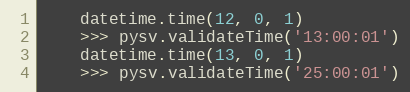
Language: Python
    datetime.time(12, 0, 1)
    >>> pysv.validateTime('13:00:01')
    datetime.time(13, 0, 1)
    >>> pysv.validateTime('25:00:01')